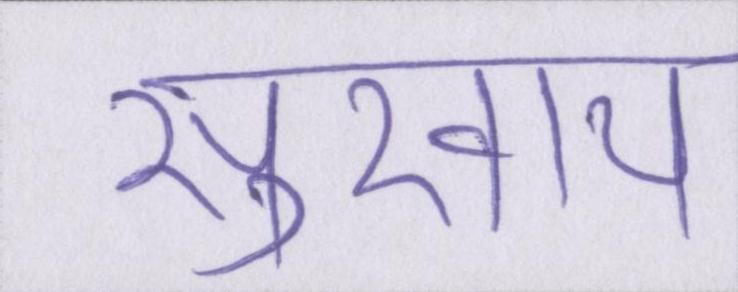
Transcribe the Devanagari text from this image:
सुखाय